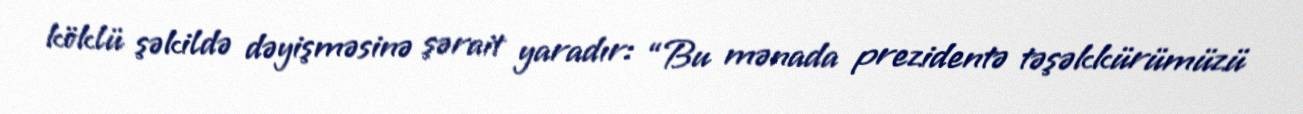
köklü şəkildə dəyişməsinə şərait yaradır: “Bu mənada prezidentə təşəkkürümüzü